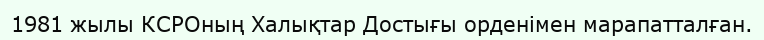
1981 жылы КСРОның Халықтар Достығы орденімен марапатталған.